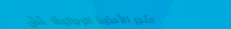
متجر الأحذية الرجالية: تش